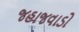
જહાજવાડો